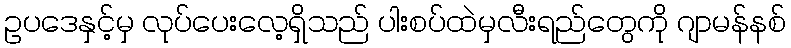
ဥပဒေနှင့်မှ လုပ်ပေးလေ့ရှိသည် ပါးစပ်ထဲမှလီးရည်တွေကို ဂျာမန်နစ်